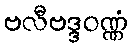
ဗလီဗဒ္ဒဝဏ္ဏံ